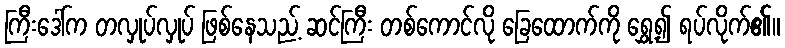
ကြီးဒေါ်က တလှုပ်လှုပ် ဖြစ်နေသည့် ဆင်ကြီး တစ်ကောင်လို ခြေထောက်ကို ရွှေ့၍ ရပ်လိုက်၏။